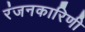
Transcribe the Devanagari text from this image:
रंजनकारिणी